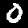
Label: 0